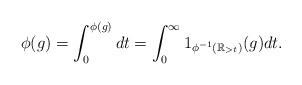
LaTeX: \begin{align*} \phi (g) = \int_{0}^{\phi (g)} dt = \int_{0}^{\infty} 1_{\phi^{-1} (\mathbb{R}_{> t})} (g) dt. \end{align*}